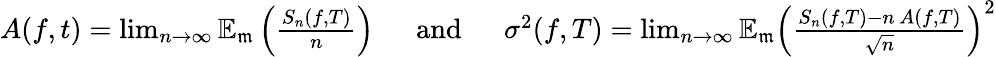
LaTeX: \begin{array}{r}{A(f,t)=\operatorname*{lim}_{n\to\infty}{\mathbb{E}}_{\mathfrak{m}}\left(\frac{S_{n}(f,T)}{n}\right)\quad\, \, \, \mathrm{and}\quad\, \, \, \sigma^{2}(f,T)=\operatorname*{lim}_{n\to\infty}{\mathbb{E}}_{\mathfrak{m}}\left(\frac{S_{n}(f,T)-n\, A(f,T)}{\sqrt{n}}\right)^{2}}\end{array}